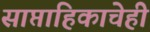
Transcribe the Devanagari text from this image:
साप्ताहिकाचेही